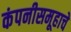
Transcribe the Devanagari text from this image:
कंपनीसमूहाचे